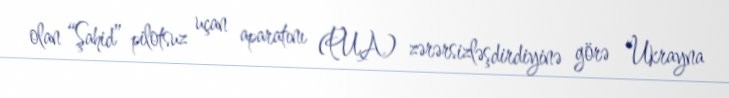
olan “Şahid” pilotsuz uçan aparatını (PUA) zərərsizləşdirdiyinə görə “Ukrayna